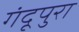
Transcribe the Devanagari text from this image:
गंदूपुरा